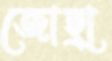
জোহ্রা